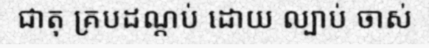
ជាតុ គ្របដណ្តប់ ដោយ ល្បាប់ ចាស់